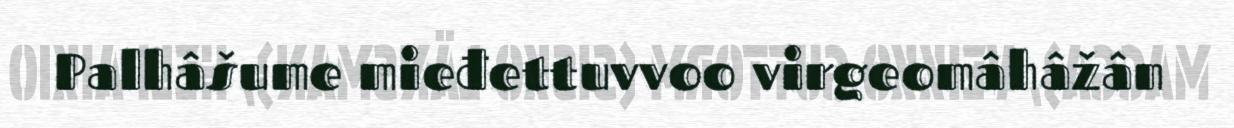
Palhâšume mieđettuvvoo virgeomâhâžân